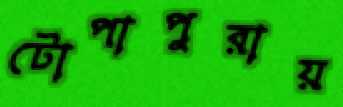
টোপাপুরায়